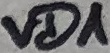
Text: VD1